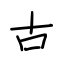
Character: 古